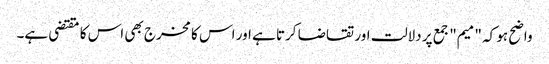
واضح ہو کہ "میم" جمع پر دلالت اور تقاضا کرتا ہے اور اس کا مخرج بھی اس کا مقتضی ہے۔